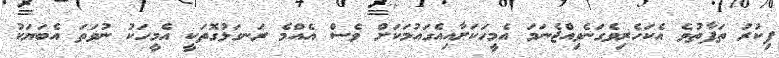
ފިކުރު ތަފާތުވެ އެކަހެރިވެގަނެވިއްޖެނަމަ އެމީހަކަށާއިއެގައުމަކަށް ވެސް އެއްމެ ރަނގަޅުގޮތަކީ އެމީހަކު ނުވަތަ އެބަޔަކު